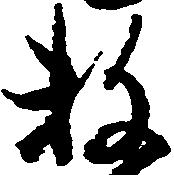
数